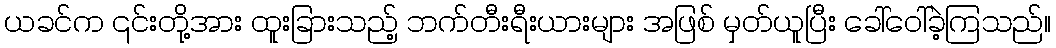
ယခင်က ၎င်းတို့အား ထူးခြားသည့် ဘက်တီးရီးယားများ အဖြစ် မှတ်ယူပြီး ခေါ်ဝေါ်ခဲ့ကြသည်။